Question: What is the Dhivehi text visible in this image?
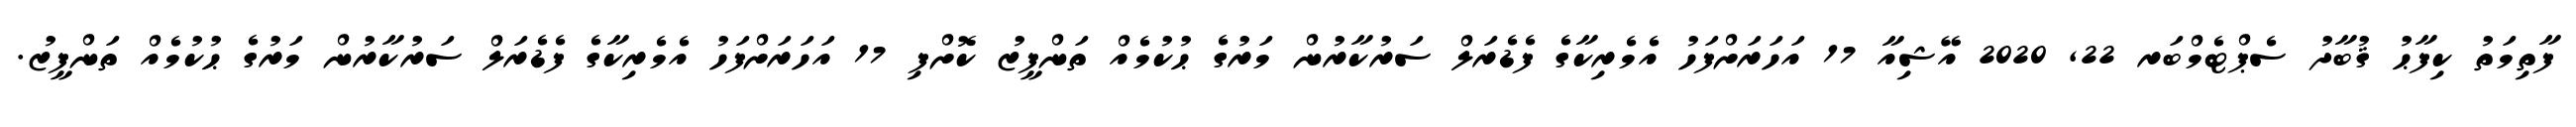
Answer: ފާތިމަތު ކިފާޙު ޤުބާދު ސެޕްޓެމްބަރ 22, 2020 އޭޝިއާ 17 އަހަރަށްފަހު އެމެރިކާގެ ފެޑެރަލް ސަރުކާރުން މަރުގެ ޙުކުމެއް ތަންފީޒު ކޮށްފި 17 އަހަރަށްފަހު އެމެރިކާގެ ފެޑެރަލް ސަރުކާރުން މަރުގެ ޙުކުމެއް ތަންފީޒު.